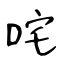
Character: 咤